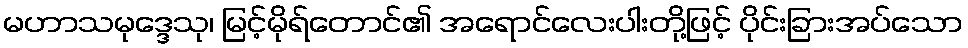
မဟာသမုဒ္ဒေသု၊ မြင့်မိုရ်တောင်၏ အရောင်လေးပါးတို့ဖြင့် ပိုင်းခြားအပ်သော